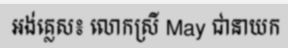
អង់គ្លេស៖ លោកស្រី May ជានាយក